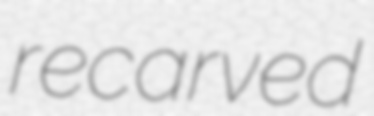
recarved